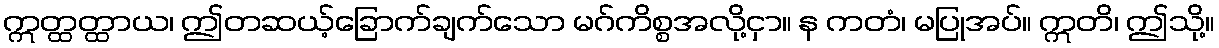
ဣတ္ထတ္ထာယ၊ ဤတဆယ့်ခြောက်ချက်သော မဂ်ကိစ္စအလို့ငှာ။ န ကတံ၊ မပြုအပ်။ ဣတိ၊ ဤသို့။